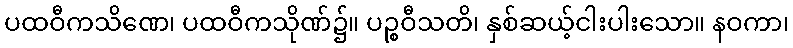
ပထဝီကသိဏေ၊ ပထဝီကသိုဏ်၌။ ပဉ္စဝီသတိ၊ နှစ်ဆယ့်ငါးပါးသော။ နဝကာ၊